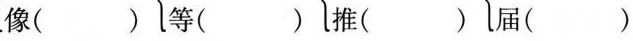
像( ) 等( ) 推( ) 届()